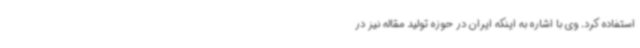
استفاده کرد. وی با اشاره به اینکه ایران در حوزه تولید مقاله نیز در